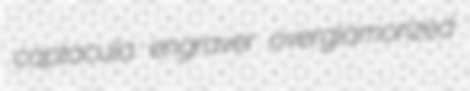
captacula engraver overglamorized